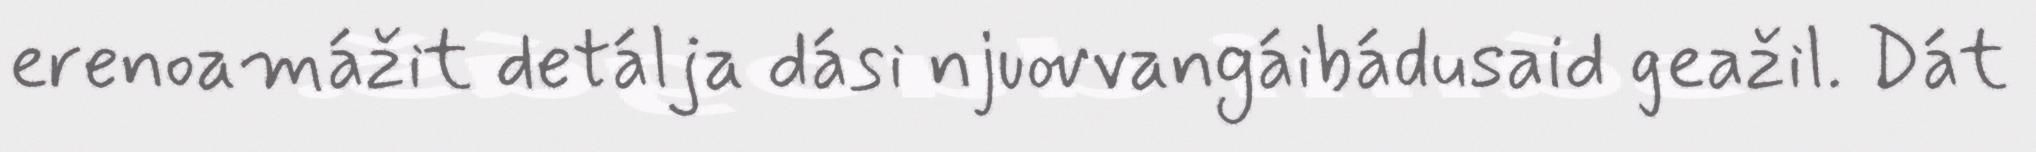
erenoamážit detálja dási njuovvangáibádusaid geažil. Dát